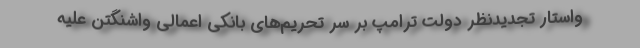
واستار تجدیدنظر دولت ترامپ بر سر تحریم‌های بانکی اعمالی واشنگتن علیه